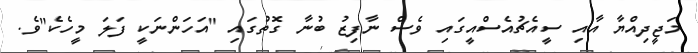
މަޖީދިއްޔާ އާއި ސީއެޗުއެސްއީގައި ވެސް ނާފިޒު ބުނާ ގޮތުގައި "އަހަންނަކީ ފަލަ މީހެކެ"ވެ.